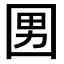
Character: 𡇨